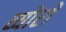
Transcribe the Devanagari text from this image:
व्योरों